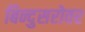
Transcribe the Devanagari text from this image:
बिन्दुसरोवर